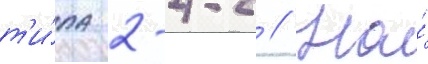
т'и́па 2-4-2 // На́